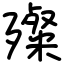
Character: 殩